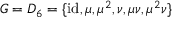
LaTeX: G = D _ { 6 } = \{ { \mathrm { i d } } , \mu , \mu ^ { 2 } , \nu , \mu \nu , \mu ^ { 2 } \nu \}